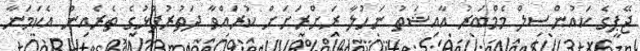
ޖޭޕީގެ ކައުންސިލް މެމްބަރު އާއިޝަތު ނަހުލާ ރަށްރަށަށް ކުރައްވާ ދަތުރުފުޅުގެ ތެރެއިން އެކަމަނާ